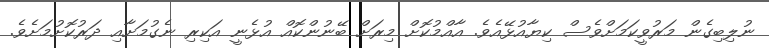
ނުލިބިގެން މަރުވީކަމަށްވެސް ކިޔާއުޅޭއެވެ. އާއްމުކޮށް މިރަށް ބޭނުންކޮއް އުޅެނީ އަކިރި ނެގުމަށާއި ދަރުކޮށުމަށެވެ.